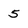
Character: 5